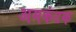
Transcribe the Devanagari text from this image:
अमकंटक